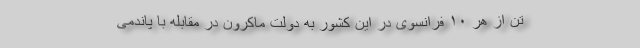
تن از هر ۱۰ فرانسوی در این کشور به دولت ماکرون در مقابله با پاندمی